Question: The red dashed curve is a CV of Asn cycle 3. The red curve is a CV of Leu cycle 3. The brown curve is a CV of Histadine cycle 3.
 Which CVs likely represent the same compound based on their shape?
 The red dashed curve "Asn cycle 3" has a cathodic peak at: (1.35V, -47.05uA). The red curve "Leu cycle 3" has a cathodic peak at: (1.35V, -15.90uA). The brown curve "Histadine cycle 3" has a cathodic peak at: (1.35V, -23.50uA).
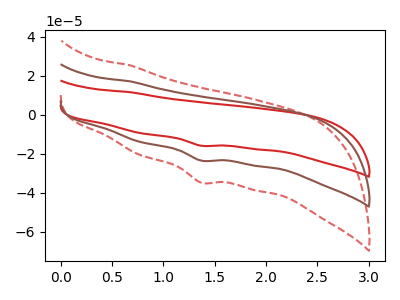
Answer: <think>All the peaks in "Asn cycle 3" have a peak in "Leu cycle 3" at the same potential. Every peak in "Asn cycle 3" is higher than every peak in "Leu cycle 3". All the peaks in "Asn cycle 3" have a peak in "Histadine cycle 3" at the same potential. Every peak in "Asn cycle 3" is higher than every peak in "Histadine cycle 3". All the peaks in "Leu cycle 3" have a peak in "Histadine cycle 3" at the same potential. Every peak in "Leu cycle 3" is lower than every peak in "Histadine cycle 3".
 </think>
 <answer>"Leu cycle 3", "Asn cycle 3" and "Histadine cycle 3" have the same shape and are likely CV's of the same chemical.</answer>
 <eval>"Leu cycle 3" "Asn cycle 3" "Histadine cycle 3"</eval>